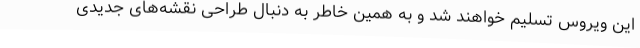
این ویروس تسلیم خواهند شد و به همین خاطر به دنبال طراحی نقشه‌های جدیدی